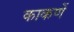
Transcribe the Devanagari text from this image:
काकणें